First report of the anti-malarial operations at Mian Mir, 1901-1903 - Number 6
Year: 1901
Disease focus: Malaria
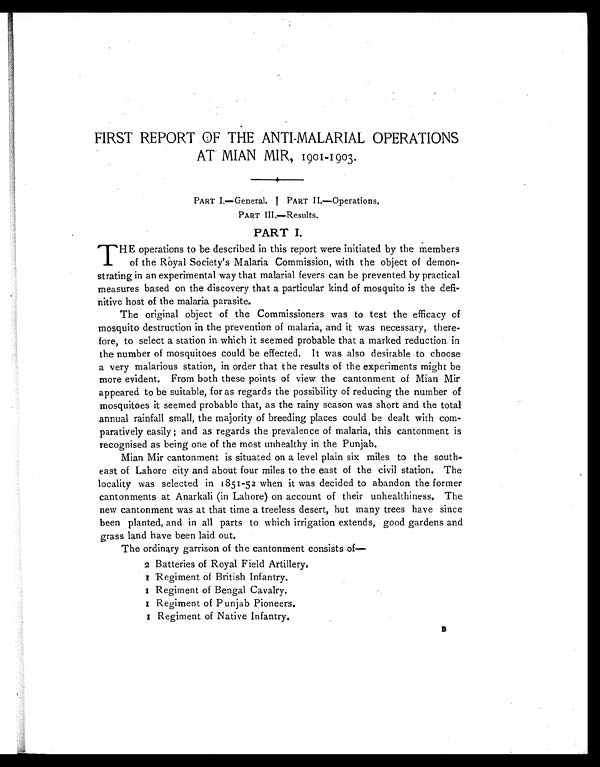
FIRST REPORT OF THE ANTI-MALARIAL OPERATIONS
AT MIAN MIR, 1901-1903.
PART I.—General.|
PART II—Operations.
PART III.—Results.
PART I.
T HE operations to be described in this report were initiated by the members
of the Royal Society's Malaria Commission, with the object of demon-
strating in an experimental way that malarial fevers can be prevented by practical
measures based on the discovery that a particular kind of mosquito is the defi-
nitive host of the malaria parasite.
The original object of the Commissioners was to test the efficacy of
mosquito destruction in the prevention of malaria, and it was necessary, there-
fore, to select a station in which it seemed probable that a marked reduction in
the number of mosquitoes could be effected. It was also desirable to choose
a very malarious station, in order that the results of the experiments might be
more evident. From both these points of view the cantonment of Mian Mir
appeared to be suitable, for as regards the possibility of reducing the number of
mosquitoes it seemed probable that, as the rainy season was short and the total
annual rainfall small, the majority of breeding places could be dealt with com-
paratively easily; and as regards the prevalence of malaria, this cantonment is
recognised as being one of the most unhealthy in the Punjab.
Mian Mir cantonment is situated on a level plain six miles to the south-
east of Lahore city and about four miles to the east of the civil station. The
locality was selected in 1851-52 when it was decided to abandon the former
cantonments at Anarkali (in Lahore) on account of their unhealthiness. The
new cantonment was at that time a treeless desert, but many trees have since
been planted, and in all parts to which irrigation extends, good gardens and
grass land have been laid out.
The ordinary garrison of the cantonment consists of-
2 B a t t e r i e s o f R o y a l F i e l d A r t i l l e r y .
1 R e g i m e n t o f B r i t i s h I n f a n t r y .
1 R e g i m e n t o f B e n g a l C a v a l r y .
1 R e g i m e n t o f P u n j a b P i o n e e r s .
1 R e g i m e n t o f N a t i v e I n f a n t r y .
B